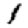
Digit: 1